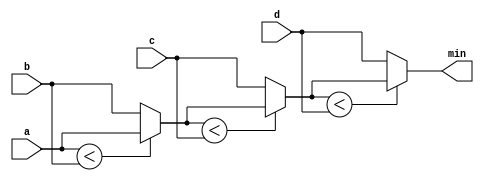
module top_module (
    input [7:0] a, b, c, d,
    output [7:0] min);
    
    wire [7:0] int1, int2;

    assign int1 = (a<b)? a:b; 
    assign int2 = (int1<c)? int1:c;
    assign min  = (int2<d)? int2:d;
endmodule